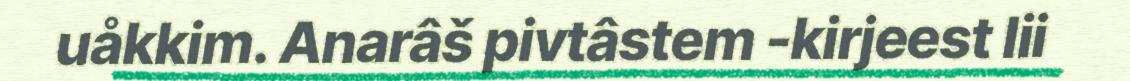
uåkkim. Anarâš pivtâstem -kirjeest lii